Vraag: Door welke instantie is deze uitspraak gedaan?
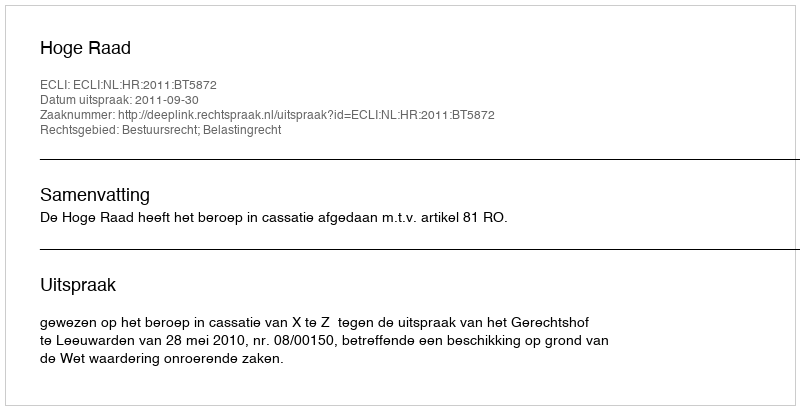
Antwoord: Hoge Raad